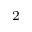
^ 2